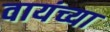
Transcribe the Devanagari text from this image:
वायंच्या